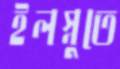
ইলস্নুতে